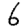
Digit: 6